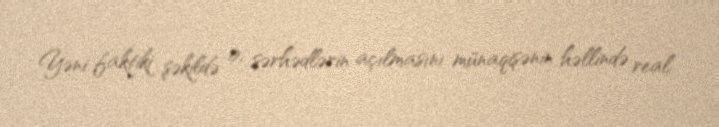
Yəni faktiki şəkildə o, sərhədlərin açılmasını münaqişənin həllində real